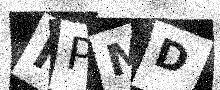
Text: MPMD